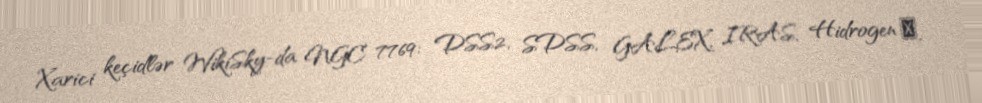
Xarici keçidlər WikiSky-da NGC 7769: DSS2, SDSS, GALEX, IRAS, Hidrogen α,